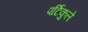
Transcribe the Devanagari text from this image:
पर्टिकुले